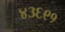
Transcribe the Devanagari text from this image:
४३६९१